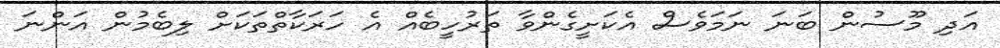
އަދި މޫސުން ބަނަ ނަމަވެސް އެކަށީގެންވާ ތަރުހީބެއް އެ ހަރަކާތްތަކަށް ލިބެމުން އަންނަ